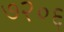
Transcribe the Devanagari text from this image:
७२०६